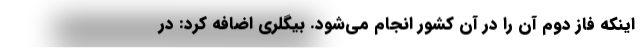
اینکه فاز دوم آن را در آن کشور انجام می‌شود. بیگلری اضافه کرد: در